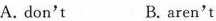
A. don't B.aren't